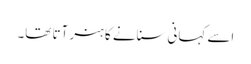
اسے کہانی سنانے کا ہنر آتا تھا۔